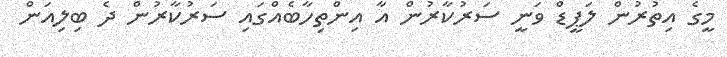
މީގެ އިތުރުން ލަޕީޑް ވަނީ ސަރުކާރުން އާ އިންތިހާބެއްގައި ސަރުކާރުން ދެ ބިލިއަން